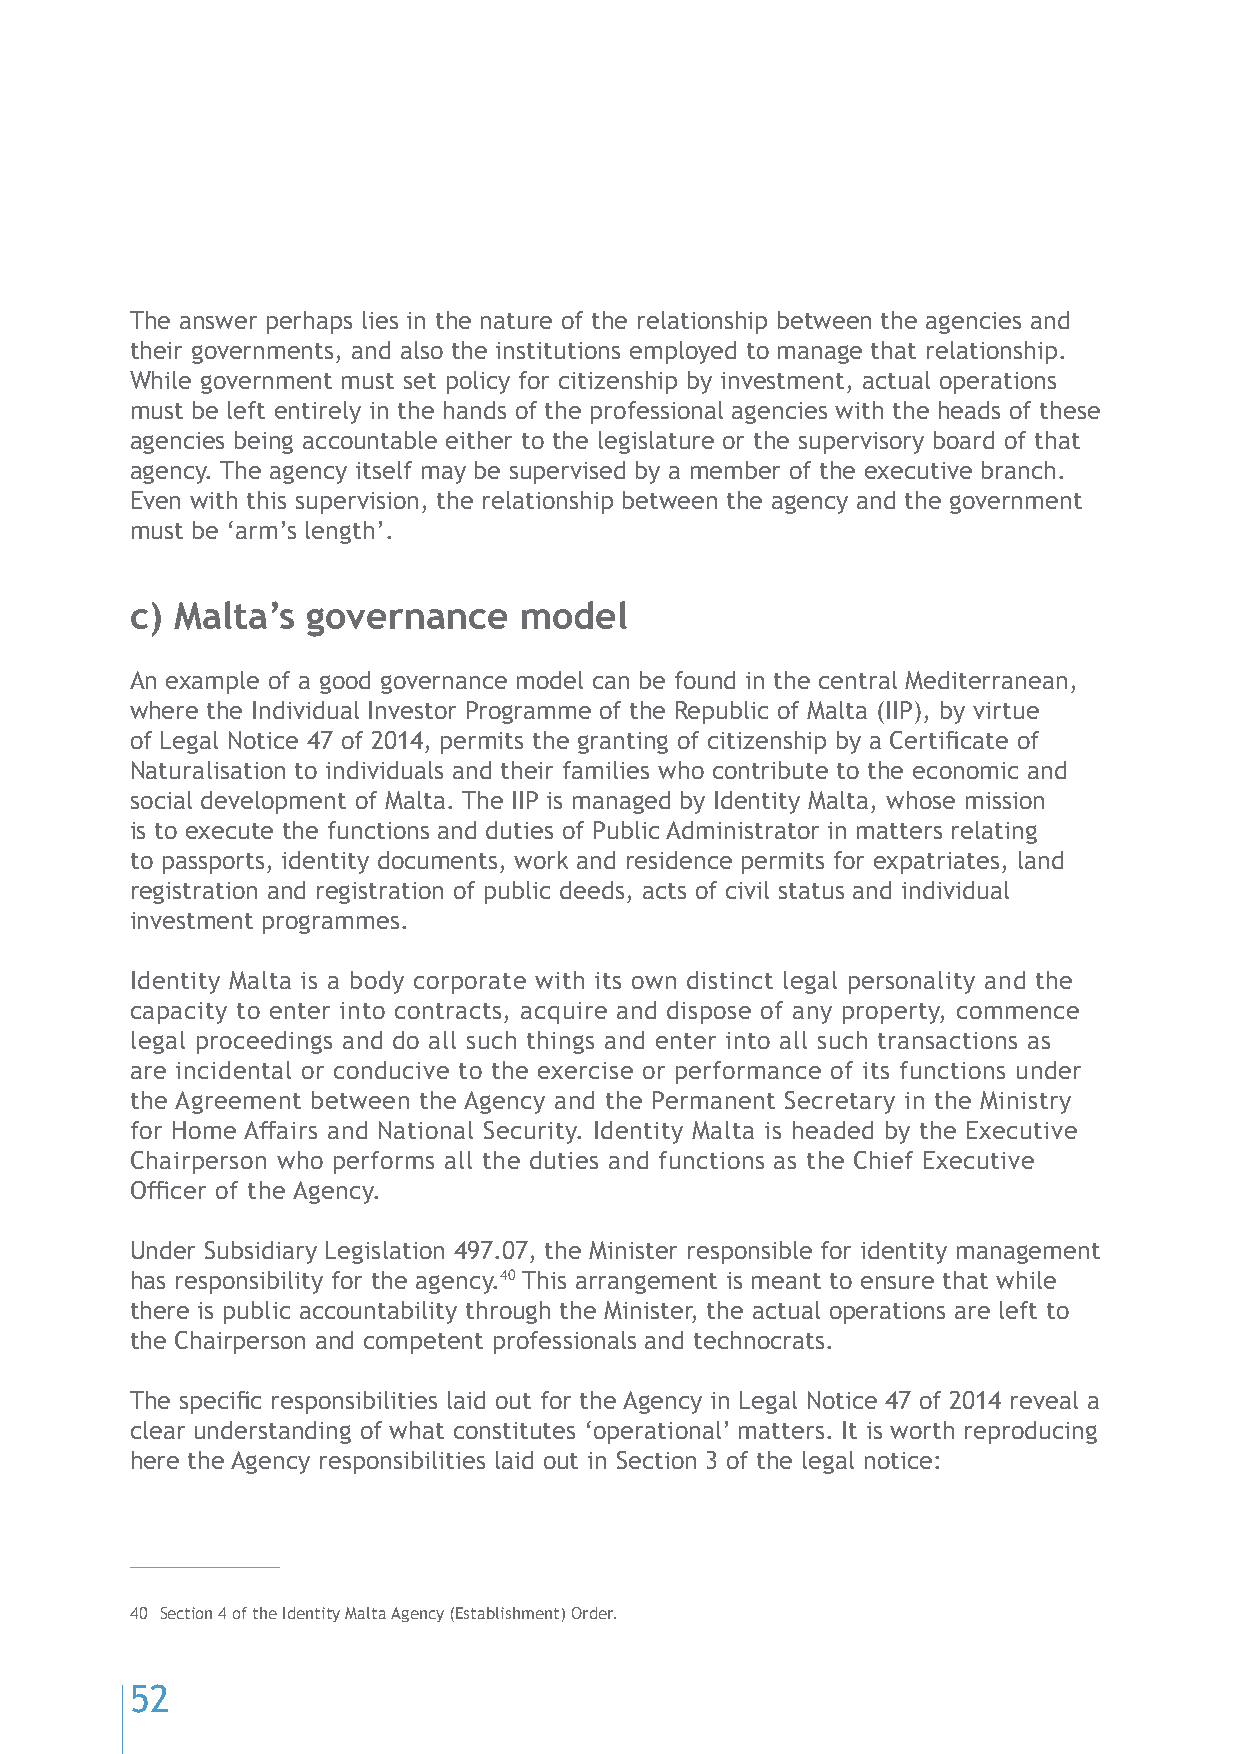
The answer perhaps lies in the nature of the relationship between the agencies and
 their governments, and also the institutions employed to manage that relationship.
 While government must set policy for citizenship by investment, actual operations
 must be left entirely in the hands of the professional agencies with the heads of these
 agencies being accountable either to the legislature or the supervisory board of that
 agency. The agency itself may be supervised by a member of the executive branch.
 Even with this supervision, the relationship between the agency and the government
 must be ‘arm’s length’.
 c) Malta’s governance    model
 An example of a good governance model can be found in the central Mediterranean,
 where the Individual Investor Programme of the Republic of Malta (IIP), by virtue
 of Legal Notice 47 of 2014, permits the granting of citizenship by a Certificate of
 Naturalisation to individuals and their families who contribute to the economic and
 social development of Malta. The IIP is managed by Identity Malta, whose mission
 is to execute the functions and duties of Public Administrator in matters relating
 to passports, identity documents, work and residence permits for expatriates, land
 registration and registration of public deeds, acts of civil status and individual
 investment programmes.
 Identity Malta is a body corporate with its own distinct legal personality and the
 capacity to enter into contracts, acquire and dispose of any property, commence
 legal proceedings and do all such things and enter into all such transactions as
 are incidental or conducive to the exercise or performance of its functions under
 the Agreement between the Agency and the Permanent Secretary in the Ministry
 for Home Affairs and National Security. Identity Malta is headed by the Executive
 Chairperson who performs all the duties and functions as the Chief Executive
 Officer of the Agency.
 Under Subsidiary Legislation 497.07, the Minister responsible for identity management
 has responsibility for the agency.40 This arrangement is meant to ensure that while
 there is public accountability through the Minister, the actual operations are left to
 the Chairperson and competent professionals and technocrats.
 The specific responsibilities laid out for the Agency in Legal Notice 47 of 2014 reveal a
 clear understanding of what constitutes ‘operational’ matters. It is worth reproducing
 here the Agency responsibilities laid out in Section 3 of the legal notice:
 40 Section 4 of the Identity Malta Agency (Establishment) Order.
 52